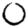
Digit: 0